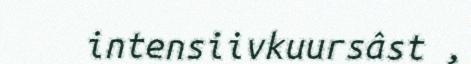
intensiivkuursâst ,